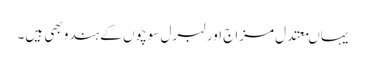
یہاںمعتدل مزاج اور لبرل سوچوں کے ہندو بھی ہیں۔